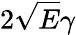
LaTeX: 2\sqrt{E}\gamma